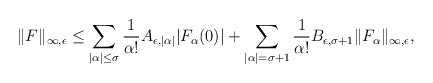
\begin{align*}\| F \|_{\infty,\epsilon}\leq\sum_{|\alpha |\leq \sigma} \frac {1}{\alpha !}A_{\epsilon,|\alpha |} |F_{\alpha}(0)|+\sum_{|\alpha |=\sigma+1} \frac {1}{\alpha !}B_{\epsilon, \sigma+1} \| F_\alpha \|_{\infty,\epsilon},\end{align*}